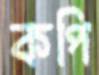
কপি